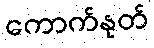
ကောက်နုတ်